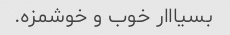
بسیااار خوب و خوشمزه.